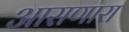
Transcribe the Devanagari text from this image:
आसणारा